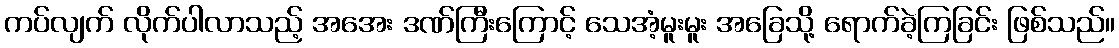
ကပ်လျက် လိုက်ပါလာသည့် အအေး ဒဏ်ကြီးကြောင့် သေအံ့မူးမူး အခြေသို့ ရောက်ခဲ့ကြခြင်း ဖြစ်သည်။